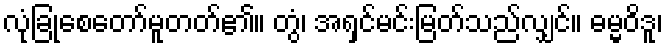
လုံခြုံစေတော်မူတတ်၏။ တွံ၊ အရှင်မင်းမြတ်သည်လျှင်။ ဓမ္မဝိဒူ၊